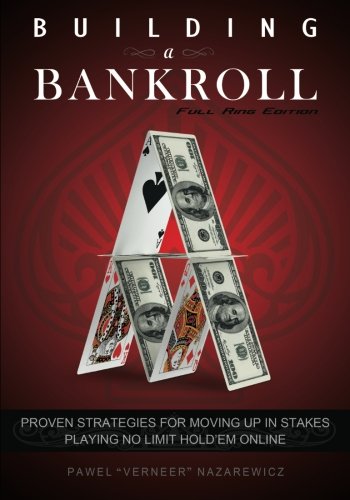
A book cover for Building a Bankroll Full Ring Edition: Proven strategies for moving up in stakes playing no limit hold'em online.; Pawel Nazarewicz; Humor & Entertainment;